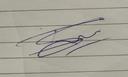
Signature authenticity: genuine